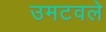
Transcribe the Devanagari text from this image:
उमटवले